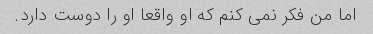
اما من فکر نمی کنم که او واقعا او را دوست دارد.